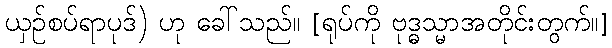
ယှဉ်စပ်ရာပုဒ်) ဟု ခေါ်သည်။ [ရုပ်ကို ဗုဒ္ဓသ္မာအတိုင်းတွက်။]